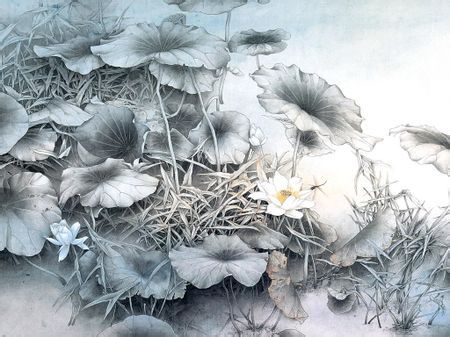
独自立瑶阶，透寒金缕鞋。